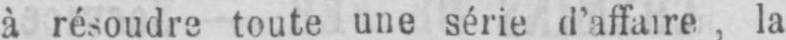
à résoudre toute une série d’affaire, la